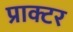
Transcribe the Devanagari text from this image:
प्राक्टर